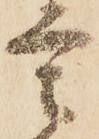
言